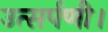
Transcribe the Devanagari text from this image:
उत्सर्पणी।